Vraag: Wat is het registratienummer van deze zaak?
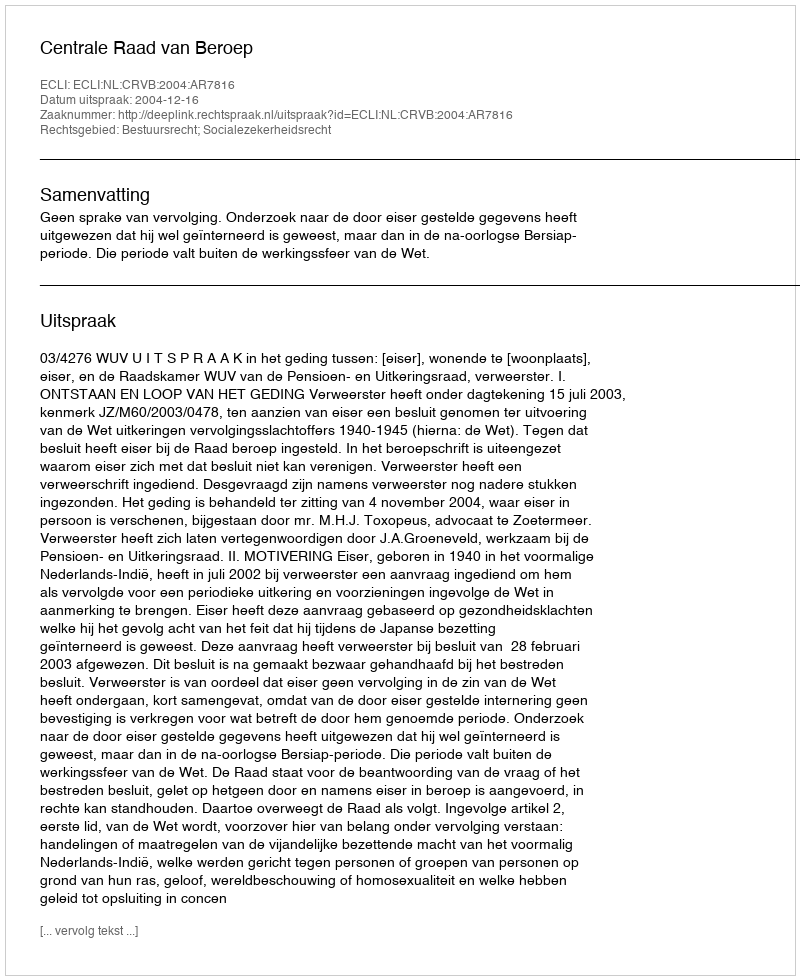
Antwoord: http://deeplink.rechtspraak.nl/uitspraak?id=ECLI:NL:CRVB:2004:AR7816